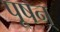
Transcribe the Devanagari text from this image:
पूषन्